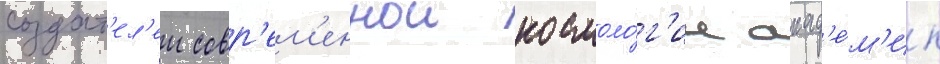
создат'ел'еи совр'ем'еннои космоло́г'ии акад'е́м'ик